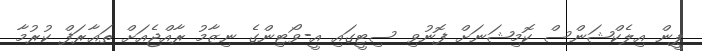
ޕީން އިލެކްޝަންސް ކޮމިޝަނަށް ފޮނުވި ސިޓީގައި އީ-ވޯޓިންގެ ނިޒާމު ރާއްޖެއަށް ތަޢާރަފް ކުރުމާ